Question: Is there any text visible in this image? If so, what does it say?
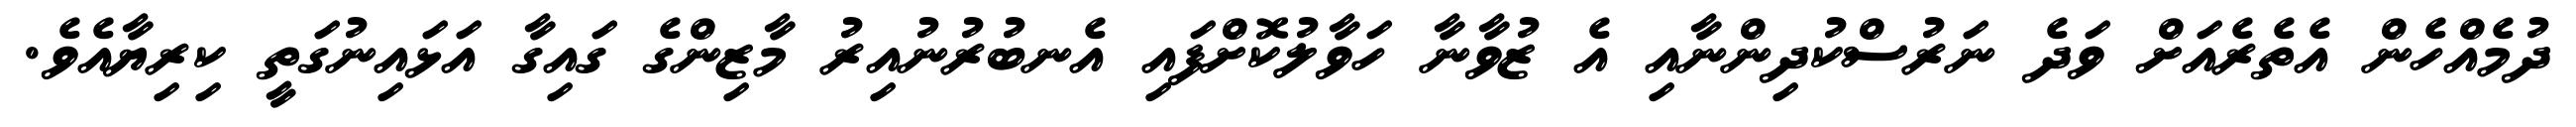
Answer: ދުމެއްހެން އެތެރެއަށް ވަދެ ނަރުސްކުދިންނާއި އެ ޒުވާނާ ހަވާލުކޮށްފައި އެނބުރުނުއިރު މާޒިންގެ ގައިގާ އަޅައިނުގަތީ ކިރިޔާއެވެ.